Korgessaare_vallavalitsus, lk 21
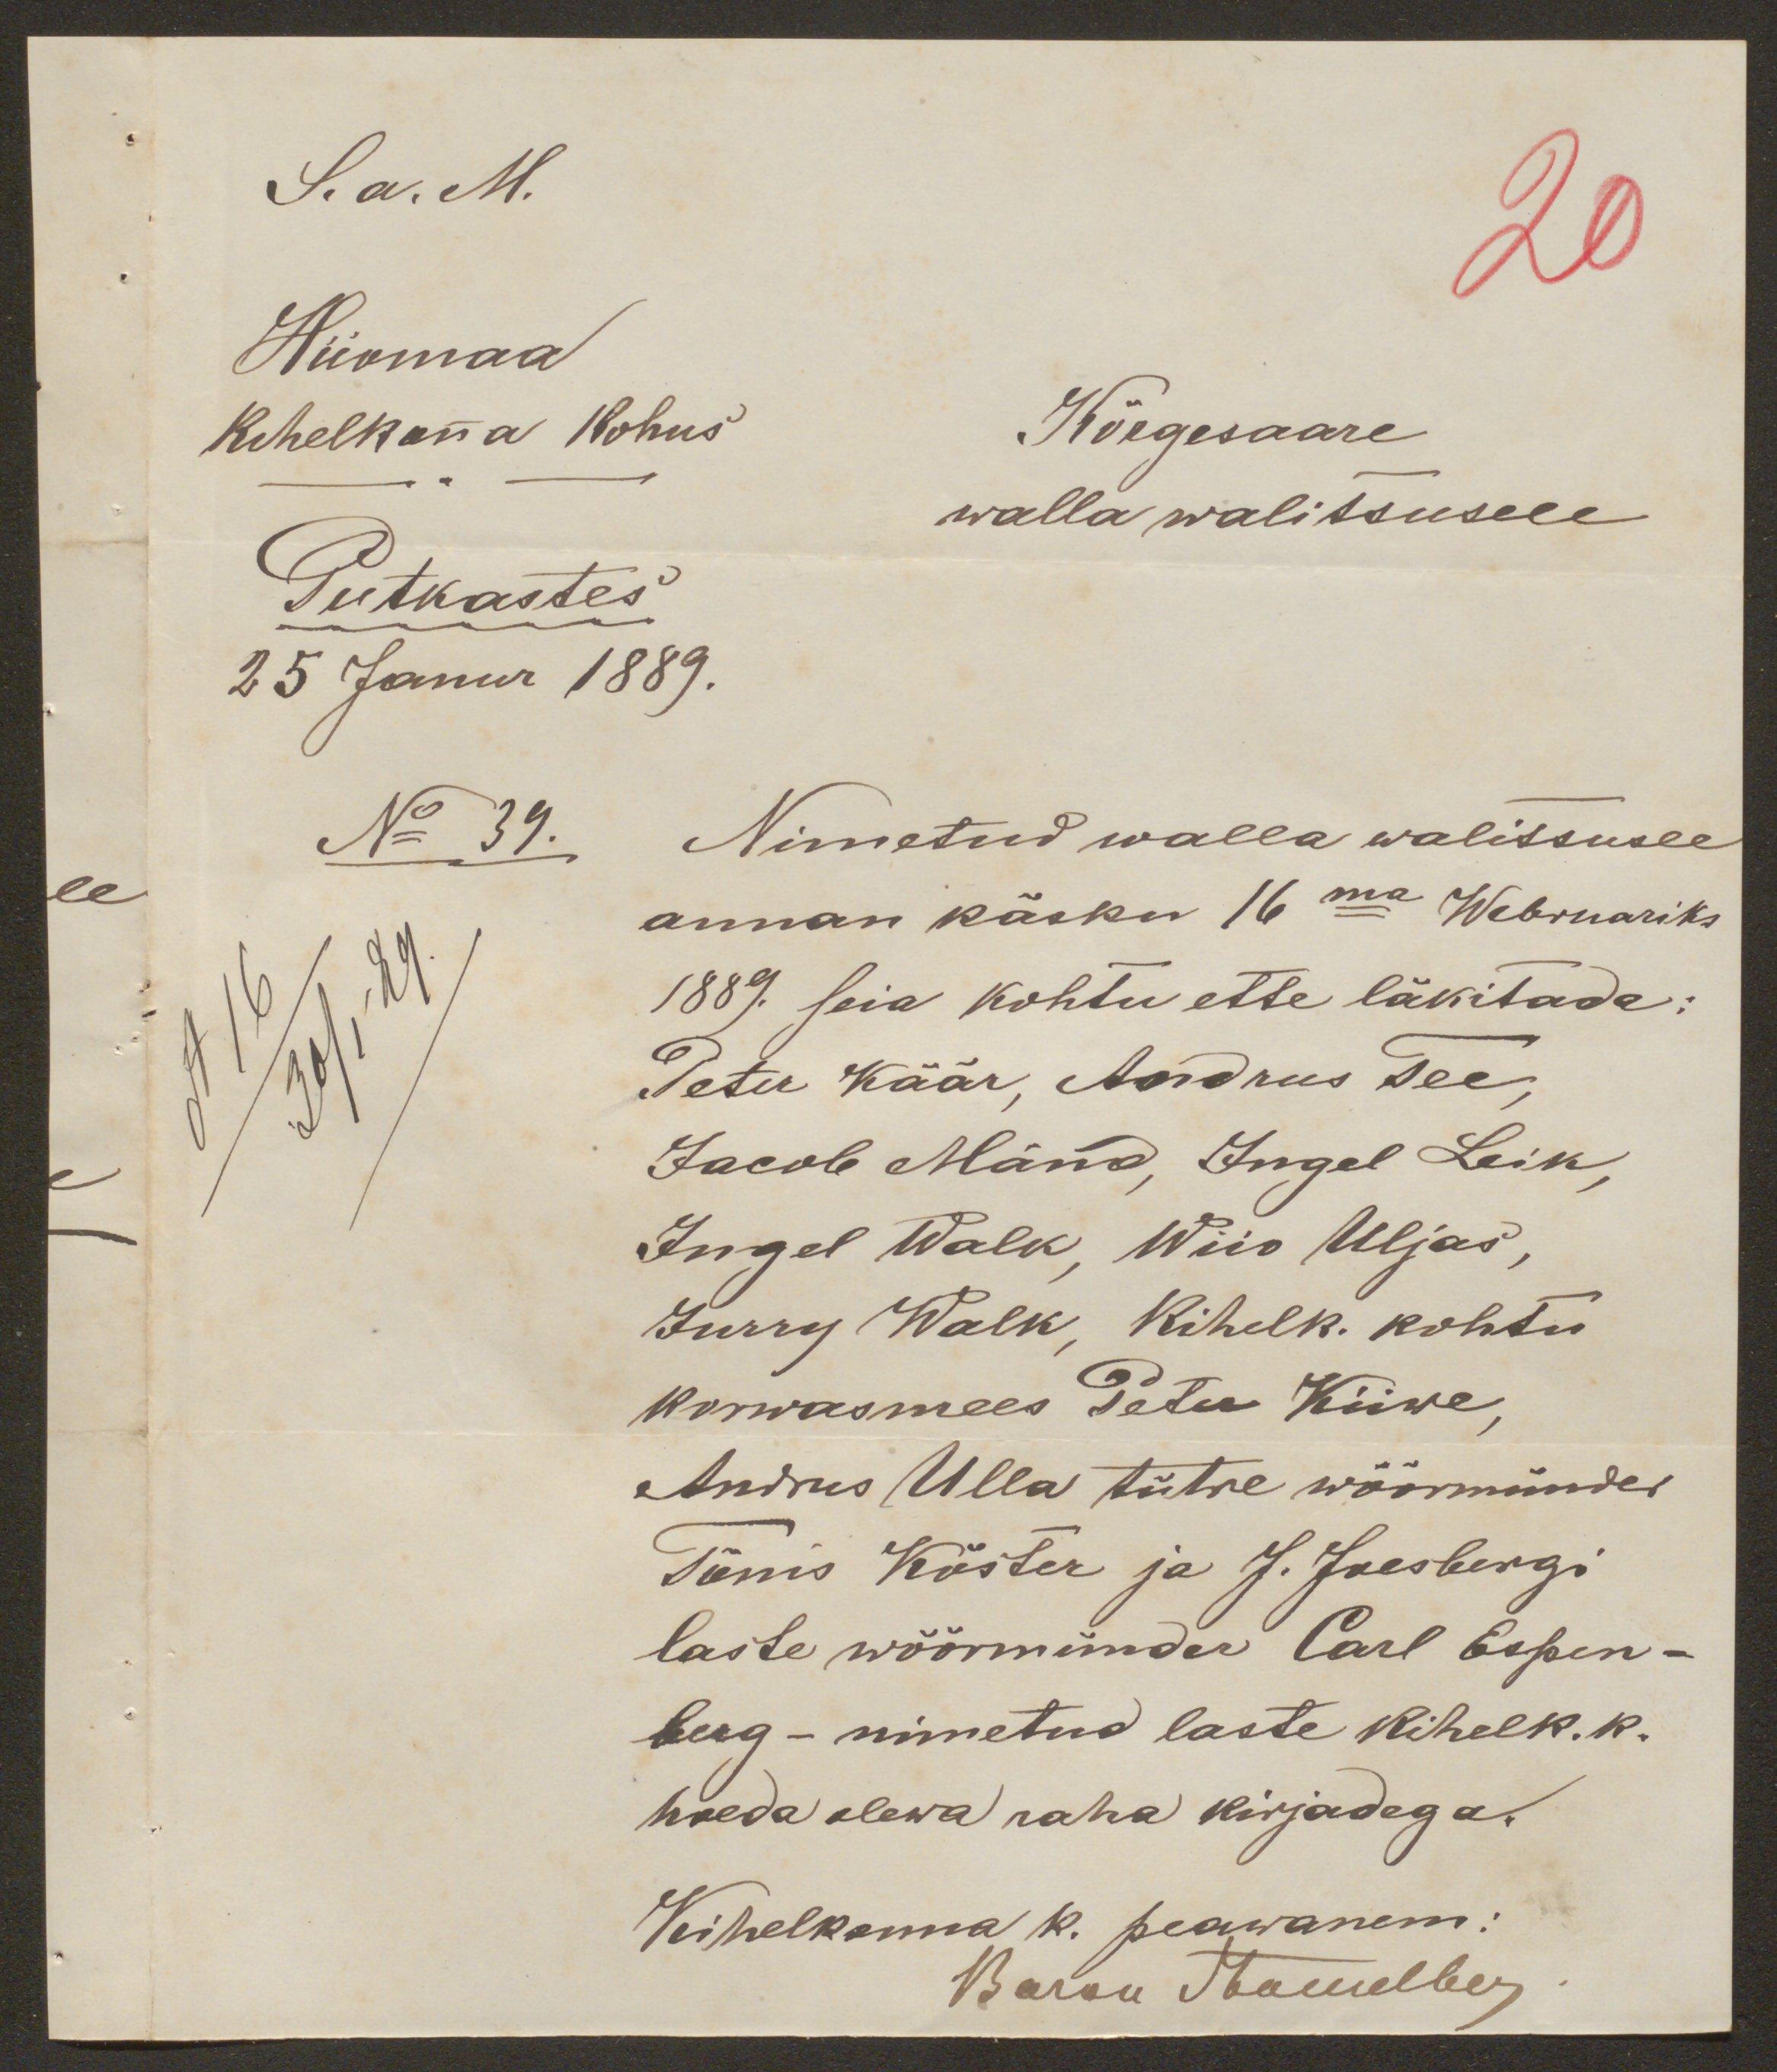
S.a. M.
Hiiomaa
Kihelkona Kohus
Putkastes
25 Janur 1889.
No 39.
Kõrgesaare
walla walitsusele
Nimetud walla walitsusel
annan käsku 16ma Webruariks
1889. seia kohtu ette läkitada:
Peter Käär, Andrus Tee,
Jacob Mänd, Ingel Leik,
Ingel Walk, Wiio Uljas,
Jurry Walk, Kihelk. kohtu
korwasmees Peter Kiiwe,
Andrus Ulla tütre wöörmünder
Tõnis Köster ja J. Joesbergi
laste wöörmünder Carl Espen-
berg - nimetud laste kihelk. k.
hoeda olewa raha kirjadega.
Kihelkonna k. peawanem:
Baron Stackelberg